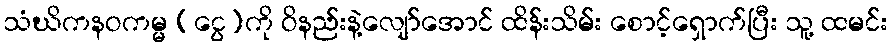
သံဃိကနဝကမ္မ (ငွေ)ကို ဝိနည်းနဲ့လျော်အောင် ထိန်းသိမ်း စောင့်ရှောက်ပြီး သူ့ ထမင်း